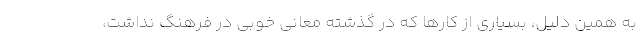
به همین دلیل، بسیاری از کارها که در گذشته معانی خوبی در فرهنگ نداشت،